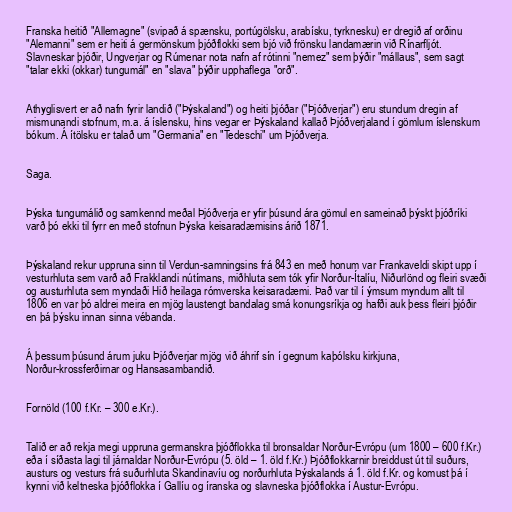
Franska heitið "Allemagne" (svipað á spænsku, portúgölsku, arabísku, tyrknesku) er dregið af orðinu
"Alemanni" sem er heiti á germönskum þjóðflokki sem bjó við frönsku landamærin við Rínarfljót.
Slavneskar þjóðir, Ungverjar og Rúmenar nota nafn af rótinni "nemez" sem þýðir "mállaus", sem sagt
"talar ekki (okkar) tungumál" en "slava" þýðir upphaflega "orð".

Athyglisvert er að nafn fyrir landið ("Þýskaland") og heiti þjóðar ("Þjóðverjar") eru stundum dregin af
mismunandi stofnum, m.a. á íslensku, hins vegar er Þýskaland kallað Þjóðverjaland í gömlum íslenskum
bókum. Á ítölsku er talað um "Germania" en "Tedeschi" um Þjóðverja.

Saga.

Þýska tungumálið og samkennd meðal Þjóðverja er yfir þúsund ára gömul en sameinað þýskt þjóðríki
varð þó ekki til fyrr en með stofnun Þýska keisaradæmisins árið 1871.

Þýskaland rekur uppruna sinn til Verdun-samningsins frá 843 en með honum var Frankaveldi skipt upp í
vesturhluta sem varð að Frakklandi nútímans, miðhluta sem tók yfir Norður-Ítalíu, Niðurlönd og fleiri svæði
og austurhluta sem myndaði Hið heilaga rómverska keisaradæmi. Það var til í ýmsum myndum allt til
1806 en var þó aldrei meira en mjög laustengt bandalag smá konungsríkja og hafði auk þess fleiri þjóðir
en þá þýsku innan sinna vébanda.

Á þessum þúsund árum juku Þjóðverjar mjög við áhrif sín í gegnum kaþólsku kirkjuna,
Norður-krossferðirnar og Hansasambandið.

Fornöld (100 f.Kr. – 300 e.Kr.).

Talið er að rekja megi uppruna germanskra þjóðflokka til bronsaldar Norður-Evrópu (um 1800 – 600 f.Kr.)
eða í síðasta lagi til járnaldar Norður-Evrópu (5. öld – 1. öld f.Kr.) Þjóðflokkarnir breiddust út til suðurs,
austurs og vesturs frá suðurhluta Skandinavíu og norðurhluta Þýskalands á 1. öld f.Kr. og komust þá í
kynni við keltneska þjóðflokka í Gallíu og íranska og slavneska þjóðflokka í Austur-Evrópu.